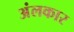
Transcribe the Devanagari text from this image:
अंलकार